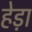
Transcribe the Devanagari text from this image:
हेड़ा